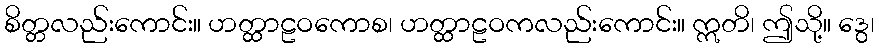
စိတ္တလည်းကောင်း။ ဟတ္ထာဠဝကောစ၊ ဟတ္ထာဠဝကလည်းကောင်း။ ဣတိ၊ ဤသို့။ ဒွေ၊